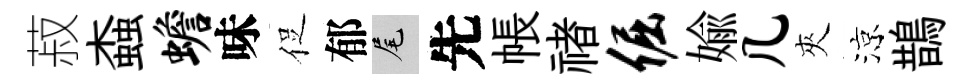
菽螙蟾味促郁尾先帳禇倔媮几夾涼鵲